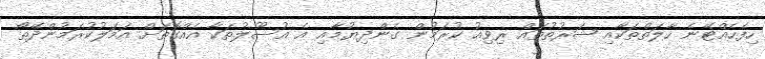
ހިފެހެއްޓޭނެ ހާލަތްތަކާއި ޝަރުތުތައް ރިވިއު ކުރަމުން ގެންދިޔުމާއި އެ އުސޫލުތަކާ އެއްގޮތަށް އަމަލުކުރަމުންދޭތޯ